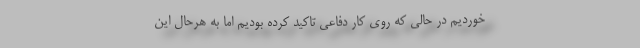
خوردیم در حالی که روی کار دفاعی تاکید کرده بودیم اما به هرحال این